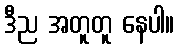
ဒီည အတူတူ နေပါ။